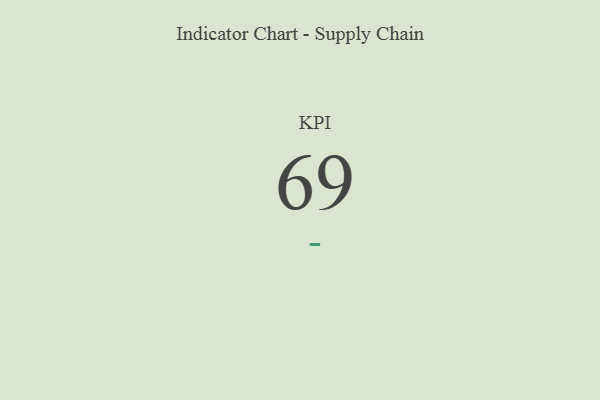
{"axis": {"x": "KPI", "y": "Value"}, "legend": [""], "data": [{"x": "KPI", "y": 69, "type": ""}]}